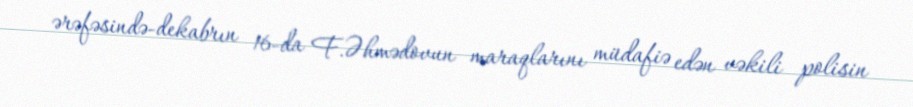
ərəfəsində-dekabrın 16-da F.Əhmədovun maraqlarını müdafiə edən vəkili polisin